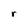
Character: r